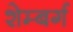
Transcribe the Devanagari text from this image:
शेम्बर्ग